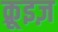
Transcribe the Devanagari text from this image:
क्रूइज़